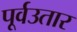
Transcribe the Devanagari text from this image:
पूर्वउतार